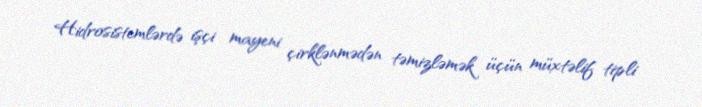
Hidrosistemlərdə işçi mayeni çirklənmədən təmizləmək üçün müxtəlif tipli